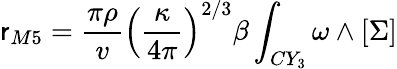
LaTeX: \mathsf{r}_{M5}=\frac{{\pi\rho}}{{v}}\left(\frac{{\kappa}}{{4\pi}}\right)^{2/3}\beta\int_{CY_{3}}\omega\wedge[\Sigma]